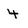
Character: 4